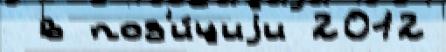
 в поз'и́циjи 2012